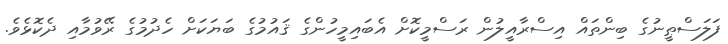
ފަލަސްޠީނުގެ ބިންތައް އިސްރާއީލުން ރަސްމީކޮށް އެބައިމީހުންގެ ޤައުމުގެ ބަޔަކަށް ހެދުމުގެ ރޭވުމާއި ދެކޮޅެވެ.